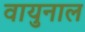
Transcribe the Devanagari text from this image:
वायुनाल